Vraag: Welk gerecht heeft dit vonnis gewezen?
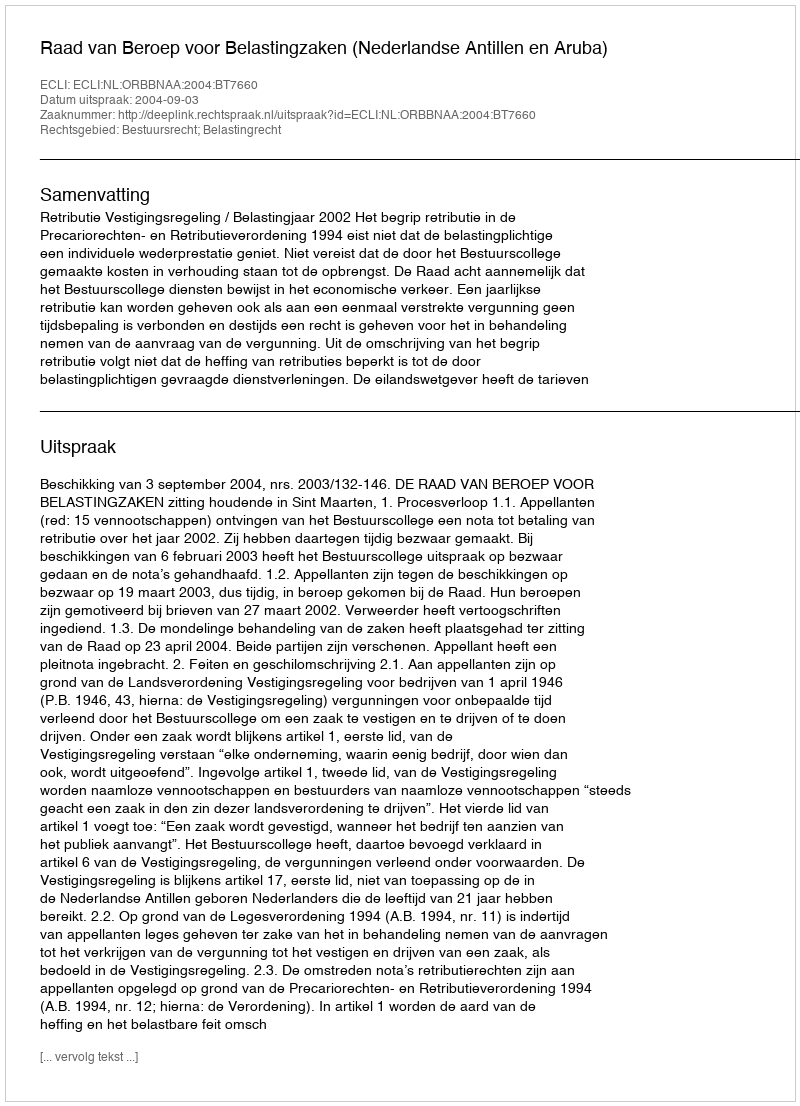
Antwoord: Raad van Beroep voor Belastingzaken (Nederlandse Antillen en Aruba)